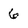
Character: 6